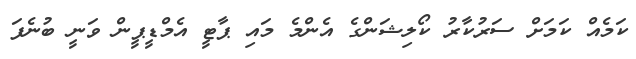
ކަމެއް ކަމަށް ސަރުކާރު ކޯލިޝަންގެ އެންމެ މައި ޕާޓީ އެމްޑީޕީން ވަނީ ބުނެފަ